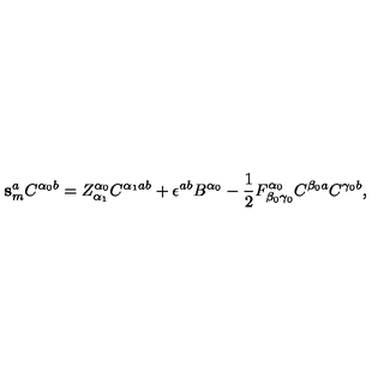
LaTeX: \mathbf { s } _ { m } ^ { a } C ^ { \alpha _ { 0 } b } = Z _ { \alpha _ { 1 } } ^ { \alpha _ { 0 } } C ^ { \alpha _ { 1 } a b } + \epsilon ^ { a b } B ^ { \alpha _ { 0 } } - \mathrm { \frac { 1 } { 2 } } F _ { \beta _ { 0 } \gamma _ { 0 } } ^ { \alpha _ { 0 } } C ^ { \beta _ { 0 } a } C ^ { \gamma _ { 0 } b } ,